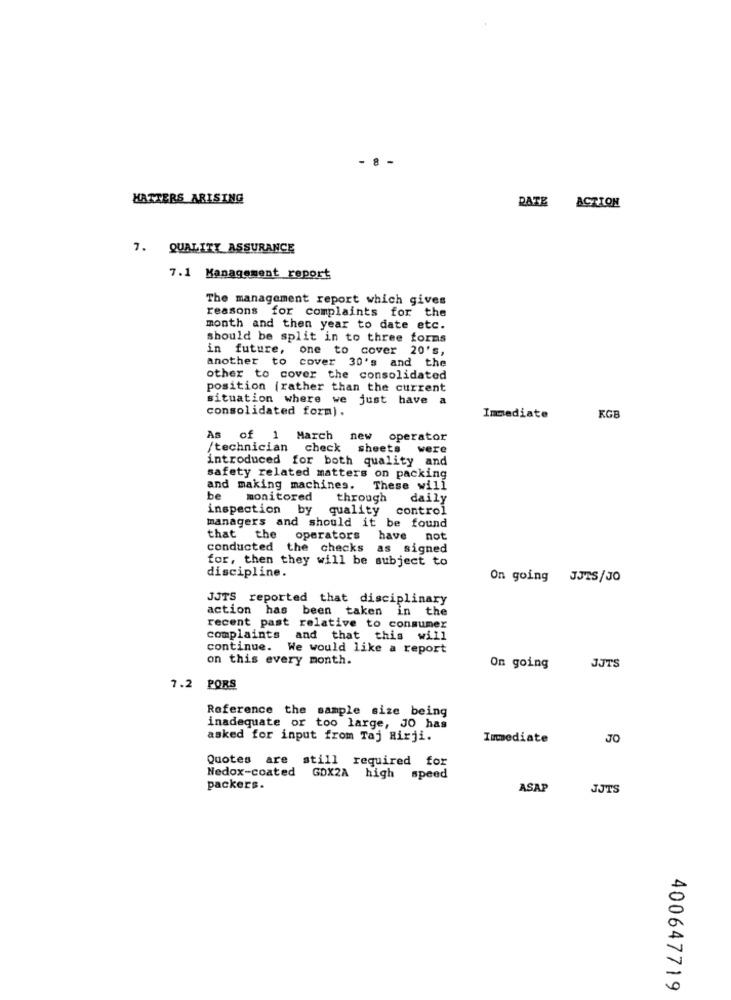
- 8 -
HATTERS ARISING
DATE ACTION
7. QUALITY ASSURANCE
7.1 Management report
The management report which gives
reasons for complaints for the
month and then year to date etc.
should be split in to three forms
in future, one to cover 20's,
another to cover 30's and the
other to cover the consolidated
position (rather than the current
situation where we just have a
consolidated form).
Immediate
KGB
As of 1 March
new operator
/technician check
sheets were
introduced for both quality and
safety related matters on packing
and making machines.
These will
be
monitored
through
daily
inspection by quality control
managers and should it be found
that the operators
have not
conducted the checks
as signed
for, then they will be subject to
discipline.
On going JJTS/JO
JJTS reported that disciplinary
action has been taken in the
recent past relative to consumer
complaints and that this will
continue. We would like a report
on this every month.
JJTS
On going
7.2 PORS
Reference the sample size being
inadequate or too large, JO has
asked for input from Taj Rirji.
Immediate
JO
Quotes are still required for
Nedox-coated GOX2A high speed
packers.
ASAP
JJTS
400647719